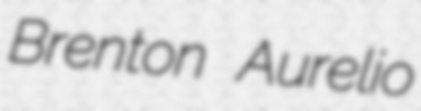
Brenton Aurelio